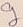
Text: g